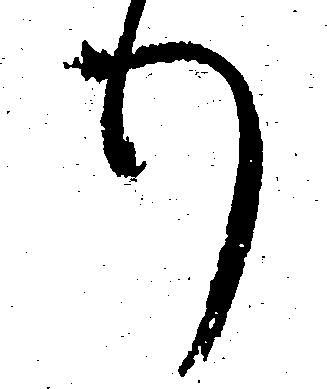
り